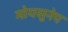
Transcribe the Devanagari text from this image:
मोयसुनेप